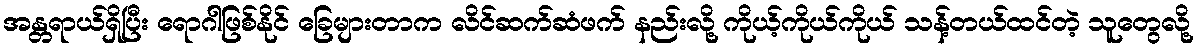
အန္တရာယ်ရှိပြီး ရောဂါဖြစ်နိုင် ခြေများတာက လိင်ဆက်ဆံဖက် နည်းလို့ ကိုယ့်ကိုယ်ကိုယ် သန့်တယ်ထင်တဲ့ သူတွေလို့